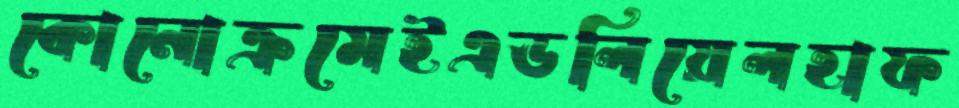
কোনোক্রমেইএডলিয়েলহাফ